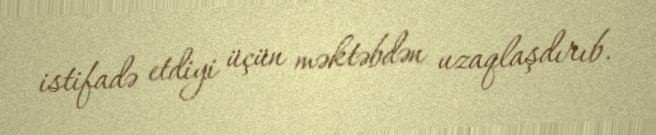
istifadə etdiyi üçün məktəbdən uzaqlaşdırıb.